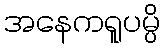
အနေကရူပမ္ပိ